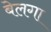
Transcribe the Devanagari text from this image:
बेलगा